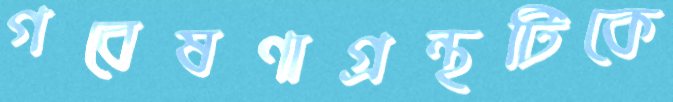
গবেষণাগ্রন্থটিকে